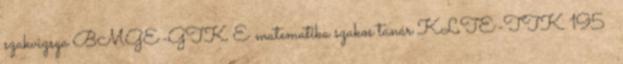
szakvizsga BMGE-GTK E matematika szakos tanár KLTE-TTK 195